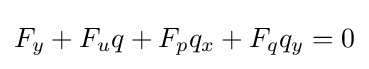
F_{y}+F_{u}q+F_{p}q_{x}+F_{q}q_{y}=0